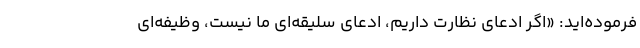
فرموده‌اید: «اگر ادعای نظارت داریم، ادعای سلیقه‌ای ما نیست، وظیفه‌ای